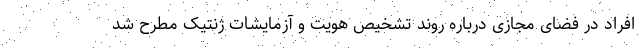
افراد در فضای مجازی درباره روند تشخیص هویت و آزمایشات ژنتیک مطرح شد